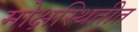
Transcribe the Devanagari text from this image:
मोक्षस्थितीत